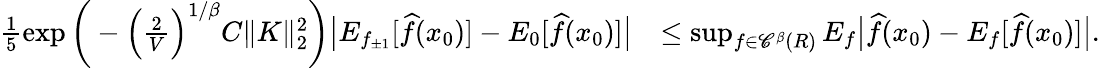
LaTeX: \begin{array}{rl}{\frac 15\exp\bigg(-\Big(\frac 2V\Big)^{1/\beta}C\| K\| _{2}^{2}\bigg)\big|E_{f_{\pm 1}}[\widehat f(x_{0})]-E_{0}[\widehat f(x_{0})]\big|}&{\leq\operatorname*{sup}_{f\in{\mathscr C}^{\beta}(R)}E_{f}\big|\widehat f(x_{0})-E_{f}[\widehat f(x_{0})]\big|.}\end{array}